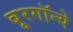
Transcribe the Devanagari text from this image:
बूरगॉन्ये